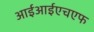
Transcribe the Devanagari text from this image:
आईआईएचएफ